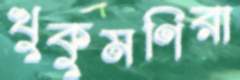
খুকুমণিরা